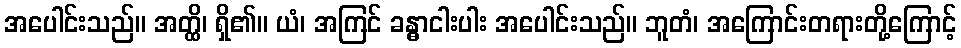
အပေါင်းသည်။ အတ္ထိ၊ ရှိ၏။ ယံ၊ အကြင် ခန္ဓာငါးပါး အပေါင်းသည်။ ဘူတံ၊ အကြောင်းတရားတို့ကြောင့်